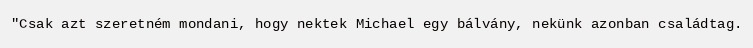
"Csak azt szeretném mondani, hogy nektek Michael egy bálvány, nekünk azonban családtag.